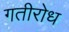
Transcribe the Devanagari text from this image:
गतीरोध